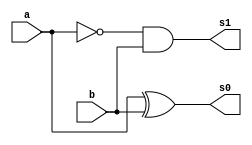
// ---------------------
// Exercicio 02 - Operador Diferenca completa (3 bits)
// Nome: Jssica Daniela
// ---------------------
module meiadif(s0,s1,a,b);
input a,b;
output s0,s1;
wire q1;
xor XOR1(s0,a,b);
not NOT1(q1,a);
and AND1(s1,q1,b);
endmodule  // meiadif

module diferenca(s0,s1,a,b,c);
input a,b,c;
output s0,s1;
wire q1,q2,q3;
meiadif M1(q1,q2,a,b);
meiadif M2(s0,q3,q1,c);
or or1(s1,q2,q3);
endmodule  // diferenca

module diferenca3bits(s0,s1,s2,a0,b0,a1,b1);
input a0,a1,b0,b1;
output s0,s1,s2;
wire q1;
meiadif MD (s0,q1,a0,b0);
diferenca DF(s1,s2,q1,a1,b1);
endmodule //diferenca3bits

module testediferenca3bits;
reg a0,a1,b0,b1;
wire s0,s1,s2;
diferenca3bits DIF(s0,s1,s2,a0,b0,a1,b1);
initial begin: start
a0=0; a1=0; b0=0; b1=0;
end
initial begin: main
$display("Jessica Daniela - 407450");
$display("Exercicio 02 - Operador diferenca 3 bits");
$display("\n | a1 | a0 | - | b1 | b0 | = | s2 | s1 | s0 |\n");
$monitor("   | %b | %b | - | %b | %b | = | %b | %b | %b |",a1,a0,b1,b0,s2,s1,s0);
#1 a1 = 0; a1 = 0; b0 = 0; b1 = 1;

#1 a1 = 0; a0 = 0; b1 = 1; b0 = 0;
#1 a1 = 0; a0 = 0; b1 = 1; b0 = 1;

#1 a1 = 0; a0 = 1; b1 = 0; b0 = 0;
#1 a1 = 0; a0 = 1; b1 = 0; b0 = 1;

#1 a1 = 0; a0 = 1; b1 = 1; b0 = 0;
#1 a1 = 0; a0 = 1; b1 = 1; b0 = 1;

#1 a1 = 1; a0 = 0; b1 = 0; b0 = 0;
#1 a1 = 1; a0 = 0; b1 = 0; b0 = 1;

#1 a1 = 1; a0 = 0; b1 = 1; b0 = 0;
#1 a1 = 1; a0 = 0; b1 = 1; b0 = 1;

#1 a1 = 1; a0 = 1; b1 = 0; b0 = 0;
#1 a1 = 1; a0 = 1; b1 = 0; b0 = 1;

#1 a1 = 1; a0 = 1; b1 = 1; b0 = 0;
#1 a1 = 1; a0 = 1; b1 = 1; b0 = 1;

end
endmodule //testediferenca3bits